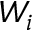
W _ { i }